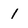
Character: 1